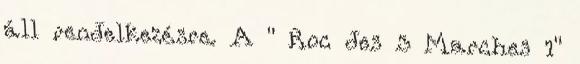
áll rendelkezésre. A " Roc des 3 Marches 1"